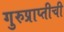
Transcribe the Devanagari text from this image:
गुरुप्राप्तीची